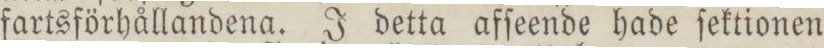
fartsförhållandena. J detta afſeende hade ſektionen